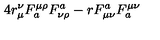
4 r _ { \mu } ^ { \nu } F _ { a } ^ { \mu \rho } F _ { \nu \rho } ^ { a } - r F _ { \mu \nu } ^ { a } F _ { a } ^ { \mu \nu }